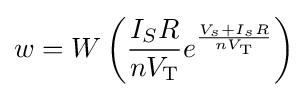
w=W\left({\frac {I_{S}R}{nV_{\text{T}}}}e^{\frac {V_{s}+I_{s}R}{nV_{\text{T}}}}\right)